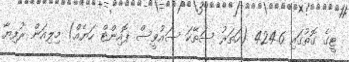
ޓީގެ ގޮތުގައި 424.6 (ހަތަރު ސަތޭކަ ސައުވީސް ޕޮއިންޓް ހަޔެއް) މިލިއަން ރުފިޔާ